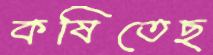
কষিতেছ